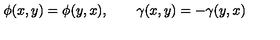
\phi ( x , y ) = \phi ( y , x ) , \qquad \gamma ( x , y ) = - \gamma ( y , x ) \,